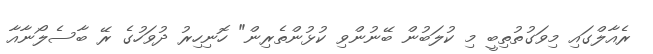
ރެއާލްގައި މިވަގުތުތިބީ މި ކުލަބުން ބޭނުންވި ކުޅުންތެރިން" ހޮނިހިރު ދުވަހުގެ ރޭ ބާސެލޯނާއާ